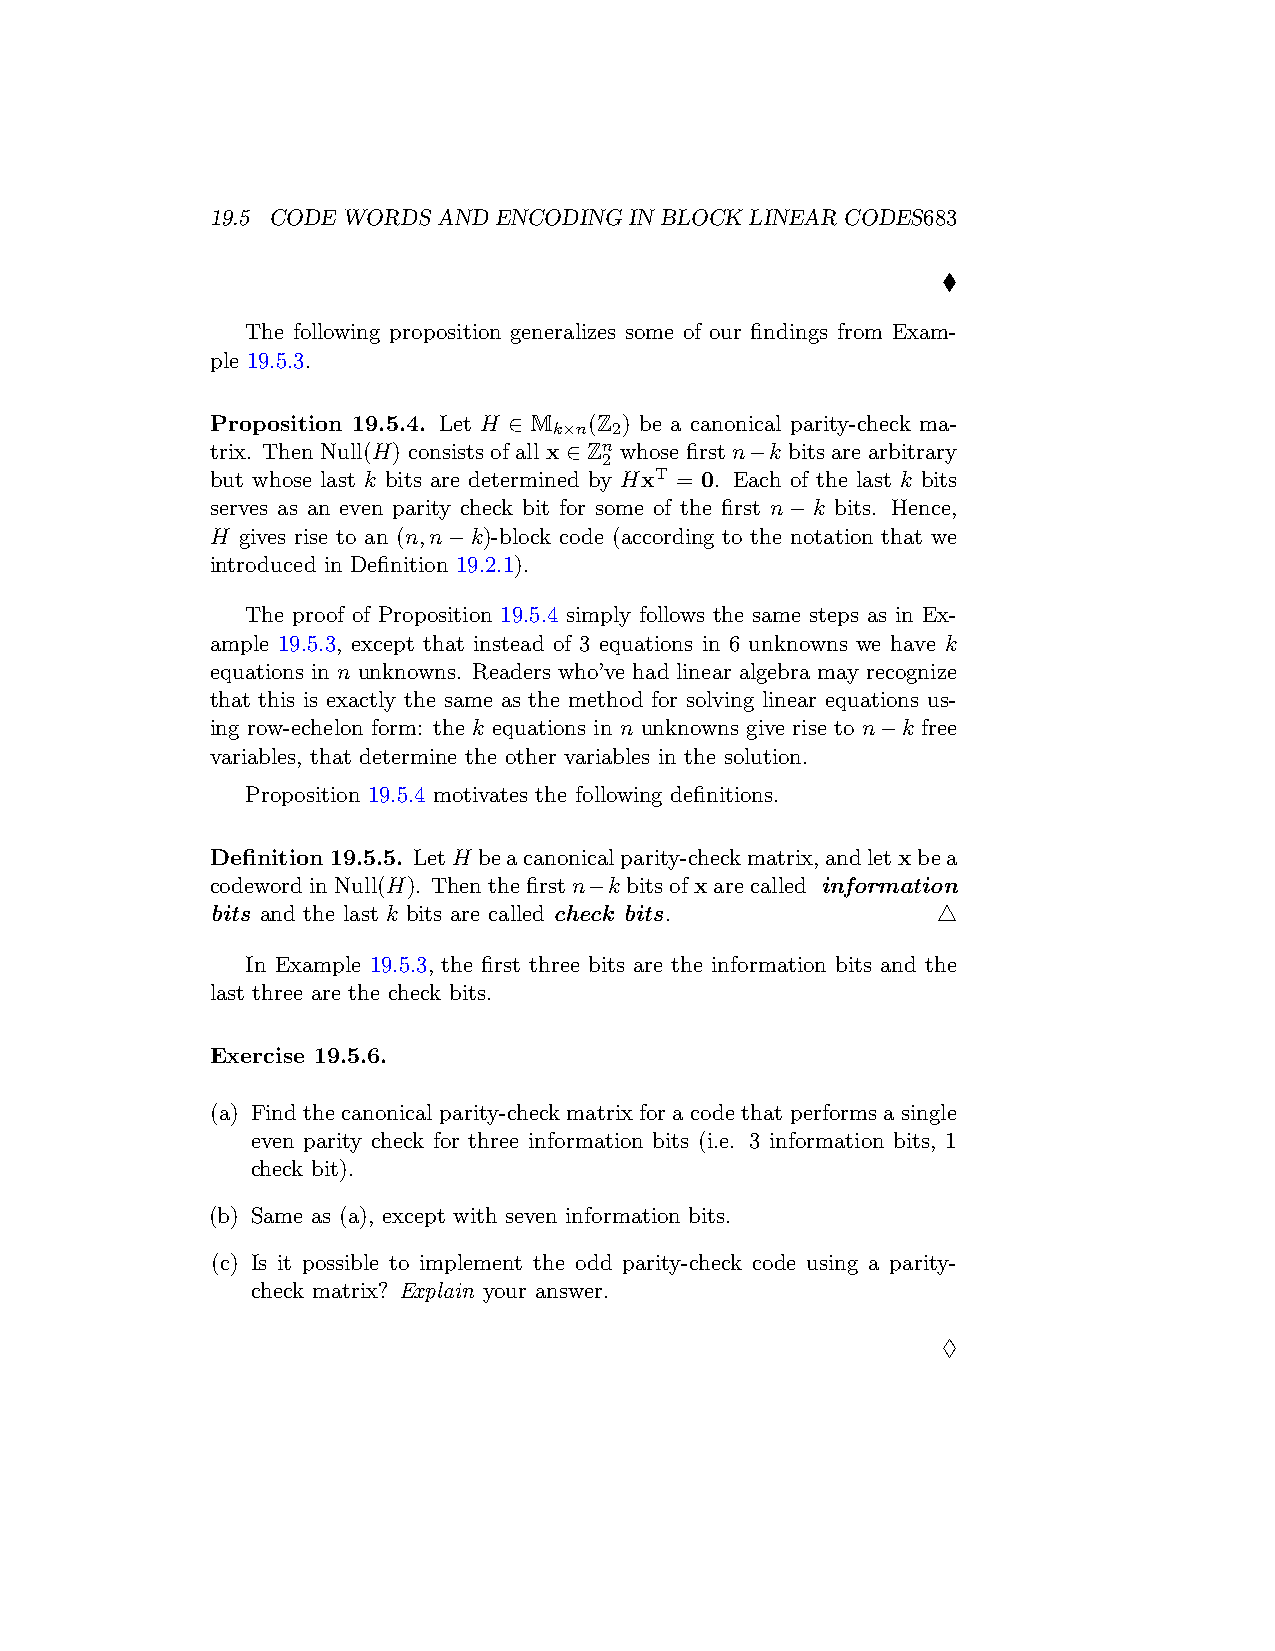
19.5 CODE WORDS AND ENCODING IN BLOCK LINEAR CODES683
 ♦
 The following proposition generalizes some of our findings from Exam-
 ple 19.5.3.
 Proposition 19.5.4. Let H ∈ M (Z ) be a canonical parity-check ma-
 k×n 2
 trix. Then Null(H) consists of all x ∈ Zn whose first n−k bits are arbitrary
 2
 but whose last k bits are determined by HxT = 0. Each of the last k bits
 serves as an even parity check bit for some of the first n−k bits. Hence,
 H gives rise to an (n,n−k)-block code (according to the notation that we
 introduced in Definition 19.2.1).
 The proof of Proposition 19.5.4 simply follows the same steps as in Ex-
 ample 19.5.3, except that instead of 3 equations in 6 unknowns we have k
 equations in n unknowns. Readers who’ve had linear algebra may recognize
 that this is exactly the same as the method for solving linear equations us-
 ing row-echelon form: the k equations in n unknowns give rise to n−k free
 variables, that determine the other variables in the solution.
 Proposition 19.5.4 motivates the following definitions.
 Definition19.5.5. LetH beacanonicalparity-checkmatrix,andletxbea
 codewordinNull(H). Thenthefirstn−k bitsofxarecalled information
 bits and the last k bits are called check bits. △
 In Example 19.5.3, the first three bits are the information bits and the
 last three are the check bits.
 Exercise 19.5.6.
 (a) Find the canonical parity-check matrix for a code that performs a single
 even parity check for three information bits (i.e. 3 information bits, 1
 check bit).
 (b) Same as (a), except with seven information bits.
 (c) Is it possible to implement the odd parity-check code using a parity-
 check matrix? Explain your answer.
 ♢